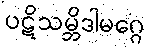
ပဋိသမ္ဘိဒါမဂ္ဂေ